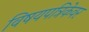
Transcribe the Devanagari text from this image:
विषयपत्रिकेवर